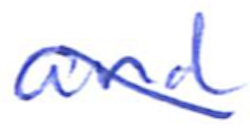
Text: and
Cross-out: diagonal
Writing tool: ballpoint